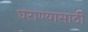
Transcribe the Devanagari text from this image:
घराण्यासाठी